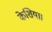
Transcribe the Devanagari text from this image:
केशिया।